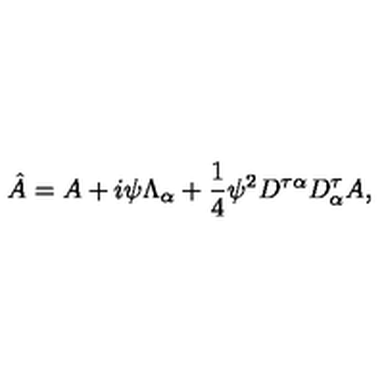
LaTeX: \hat { A } = A + i \psi \Lambda _ { \alpha } + \frac { 1 } { 4 } \psi ^ { 2 } { D ^ { \tau \alpha } D _ { \alpha } ^ { \tau } } A ,